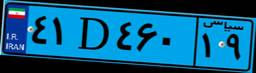
۳۹D۶۳۱۸۳